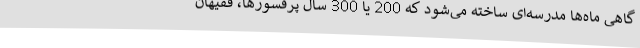
گاهی ماه‌ها مدرسه‌ای ساخته می‌شود که 200 یا 300 سال پرفسورها، فقیهان